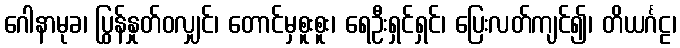
ဂေါနာမုခ၊ ပြွန်နှုတ်ဝလျှင်၊ တောင်မှစူးစူး၊ ရေဦးရှင်ရှင်၊ ပြေးလတ်ကျင်၍၊ တိယင်္ဂဠ၊